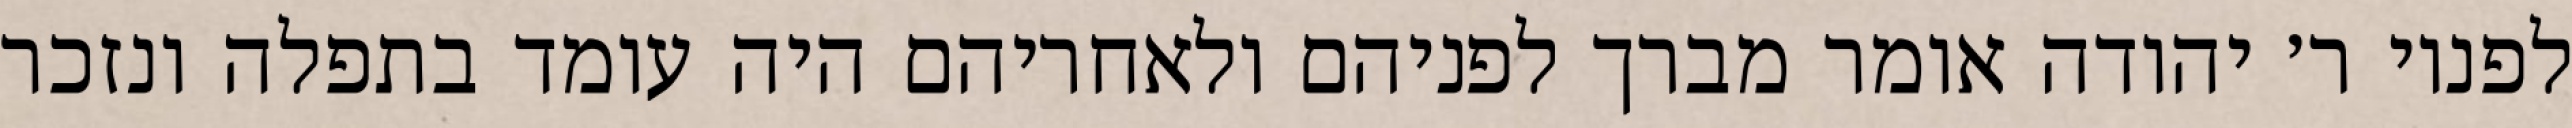
לפניו ר׳ יהודה אומר מברך לפניהם ולאחריהם היה עומד בתפלה ונזכר